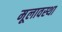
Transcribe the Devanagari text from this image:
मूलावस्था